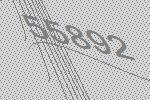
55892